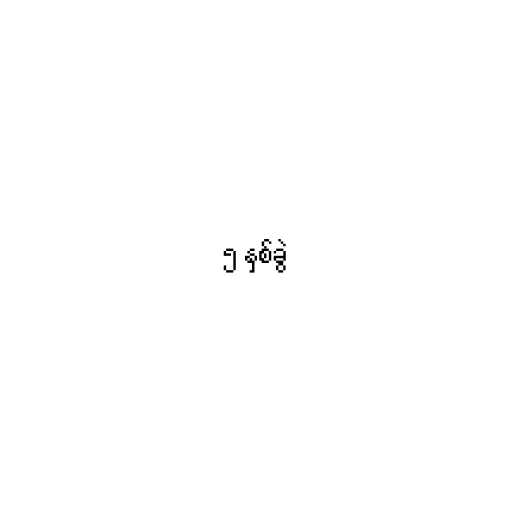
၅ နှစ်ခွဲ